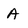
Character: A